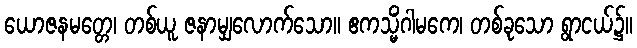
ယောဇနမတ္တေ၊ တစ်ယူ ဇနာမျှလောက်သော။ ဧကသ္မိံဂါမကေ၊ တစ်ခုသော ရွာငယ်၌။